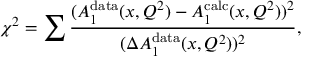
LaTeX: \chi ^ { 2 } = \sum \frac { ( A _ { 1 } ^ { \mathrm { d a t a } } ( x , Q ^ { 2 } ) - A _ { 1 } ^ { \mathrm { c a l c } } ( x , Q ^ { 2 } ) ) ^ { 2 } } { ( \Delta A _ { 1 } ^ { \mathrm { d a t a } } ( x , Q ^ { 2 } ) ) ^ { 2 } } ,